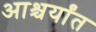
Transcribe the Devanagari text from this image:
आश्चर्यांत